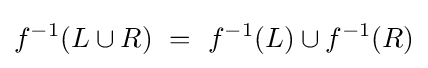
f^{-1}(L\cup R)~=~f^{-1}(L)\cup f^{-1}(R)